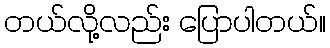
တယ်လို့လည်း ပြောပါတယ်။